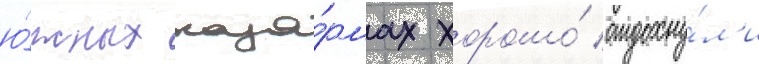
ю́жных каза́рмах хорошо́ отдохну́л'и